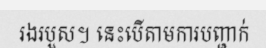
រងរបួស។ នេះបើតាមការបញ្ជាក់